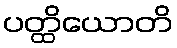
ပတ္ထိယောတိ